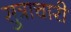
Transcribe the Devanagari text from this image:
सुत्राचारी